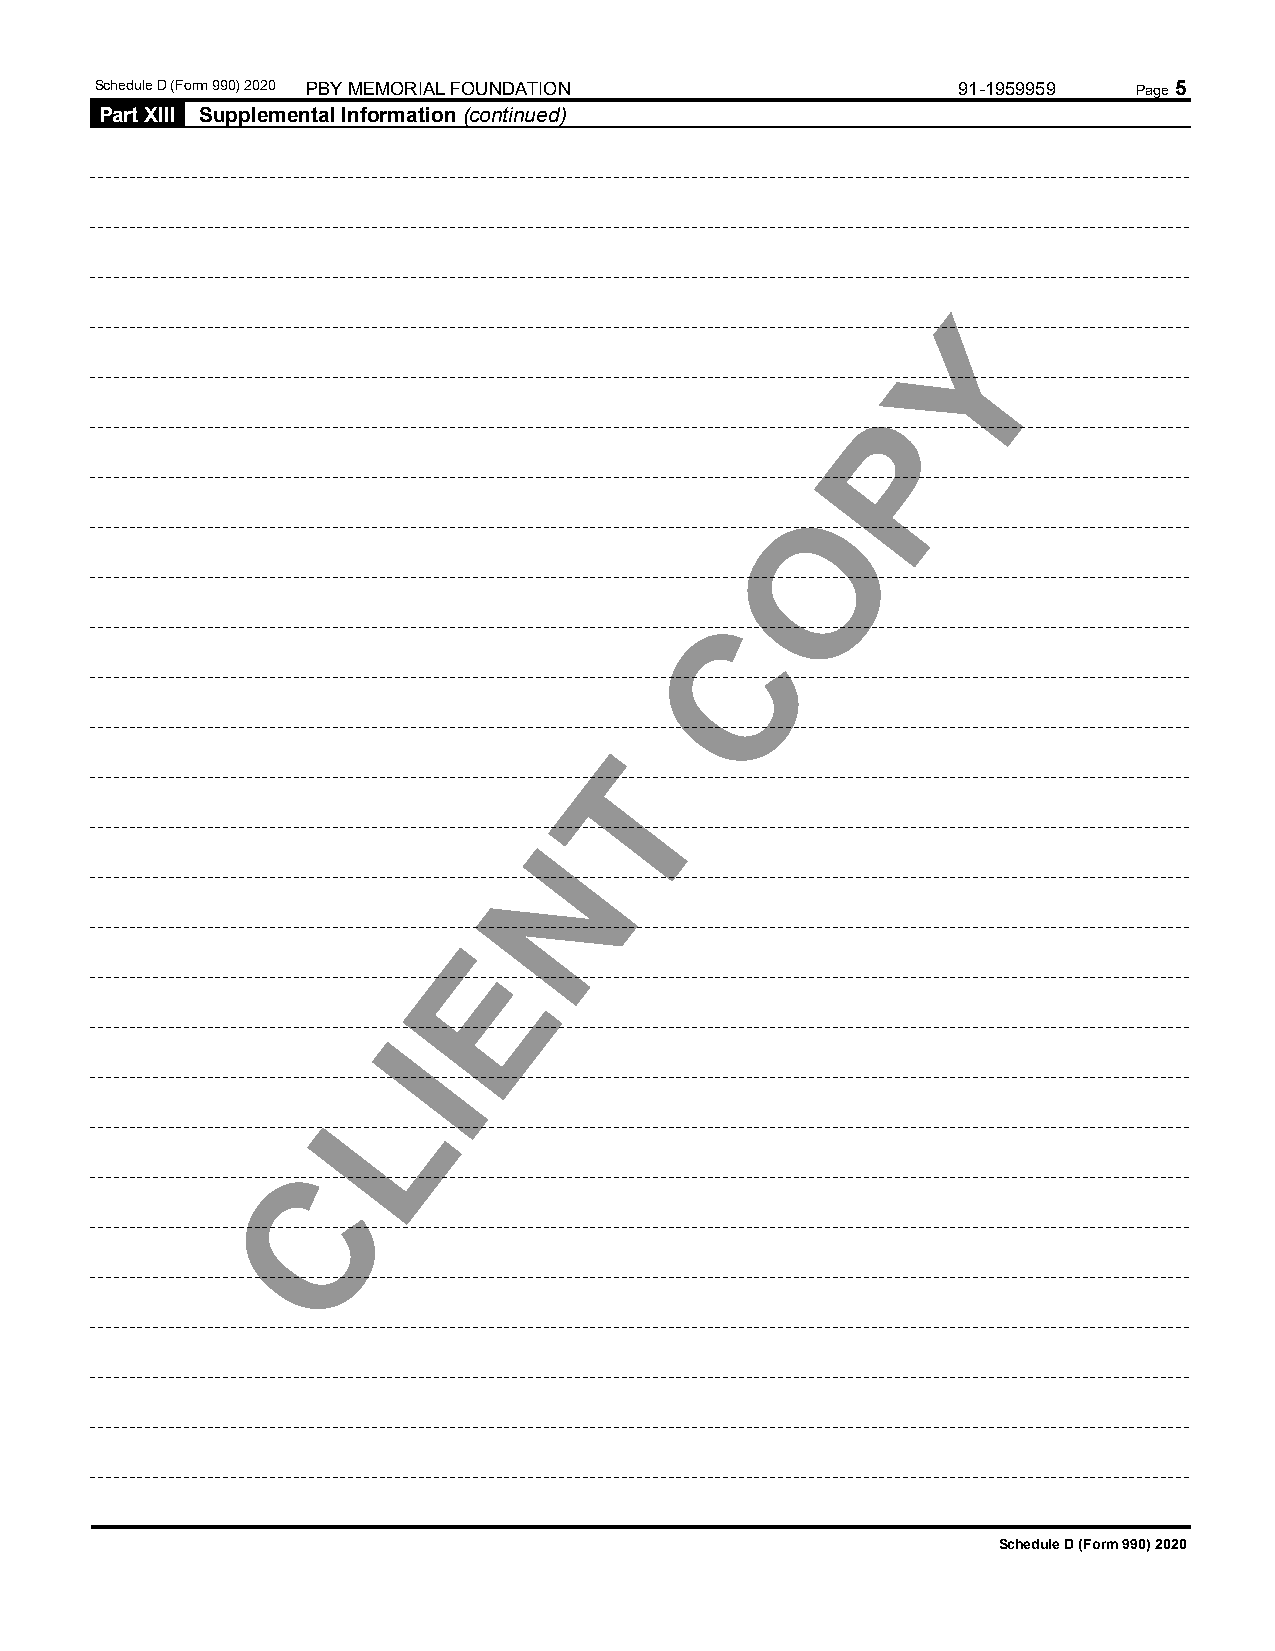
Schedule D (Form 990) 2020 PBY MEMORIAL FOUNDATION       91-1959959  Page 5
 Part XIII Supplemental Information (continued)
 Y
 P
 O
 C
 T
 N
 E
 I
 L
 C
 Schedule D (Form 990) 2020